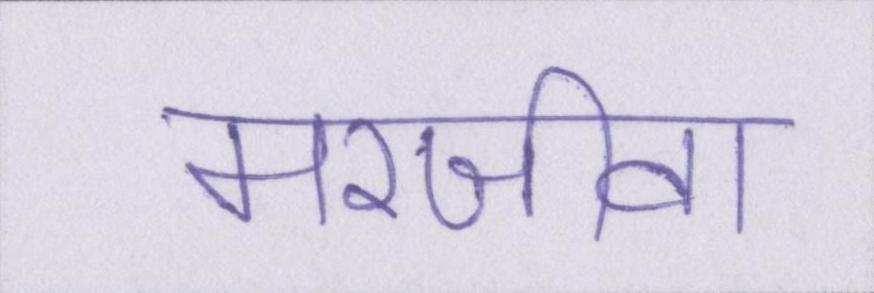
मरजीवा